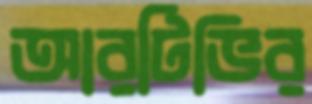
আরটিভির